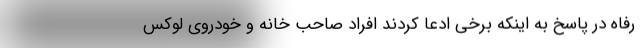
رفاه در پاسخ به اینکه برخی ادعا کردند افراد صاحب خانه و خودروی لوکس